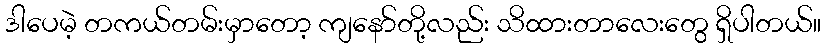
ဒါပေမဲ့ တကယ်တမ်းမှာတော့ ကျနော်တို့လည်း သိထားတာလေးတွေ ရှိပါတယ်။